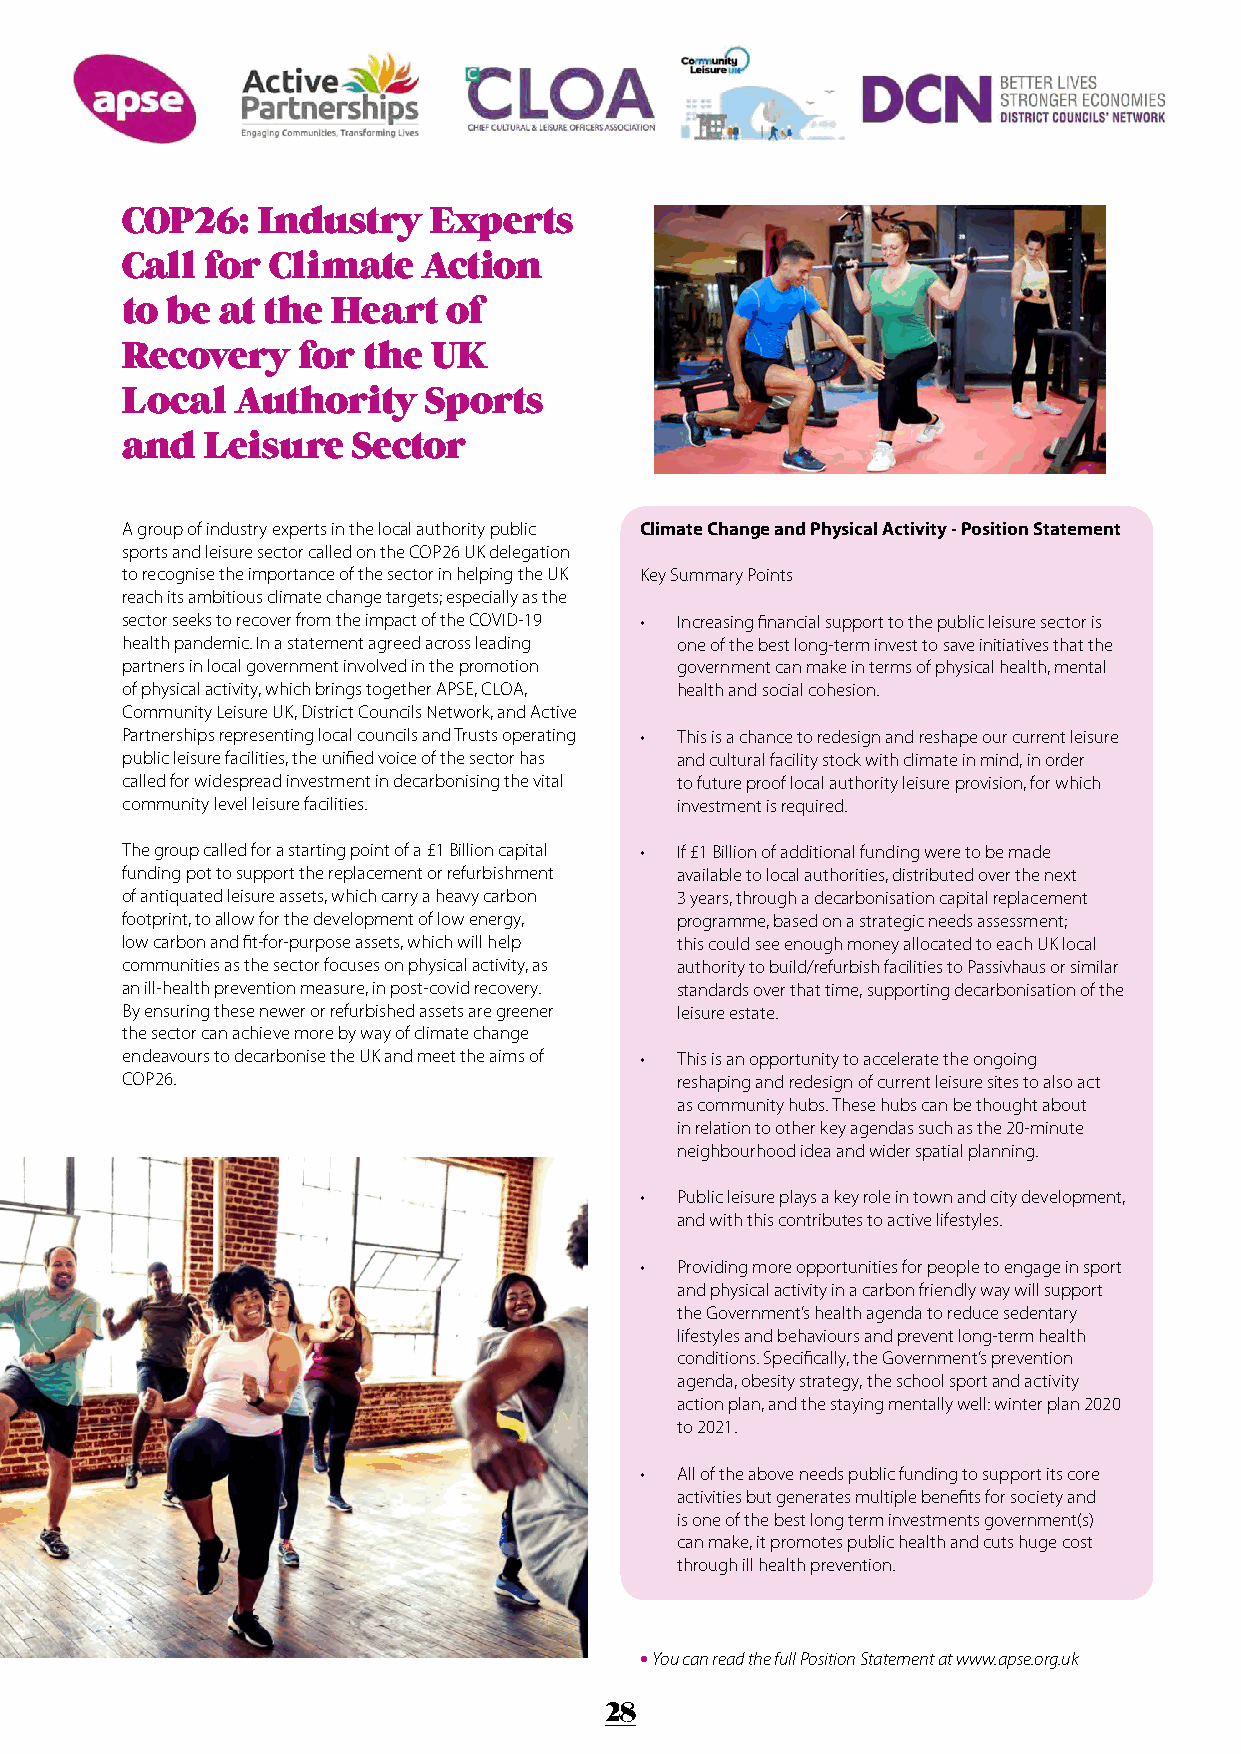
COP26:   Industry   Experts
 Call  for Climate   Action
 to be at the  Heart   of
 Recovery    for the  UK
 Local   Authority   Sports
 and   Leisure  Sector
 A group of industry experts in the local authority public Climate Change and Physical Activity - Position Statement
 sports and leisure sector called on the COP26 UK delegation
 to recognise the importance of the sector in helping the UK Key Summary Points
 reach its ambitious climate change targets; especially as the
 sector seeks to recover from the impact of the COVID-19 • Increasing financial support to the public leisure sector is
 health pandemic. In a statement agreed across leading one of the best long-term invest to save initiatives that the
 partners in local government involved in the promotion government can make in terms of physical health, mental
 of physical activity, which brings together APSE, CLOA, health and social cohesion.
 Community Leisure UK, District Councils Network, and Active
 Partnerships representing local councils and Trusts operating • This is a chance to redesign and reshape our current leisure
 public leisure facilities, the unified voice of the sector has and cultural facility stock with climate in mind, in order
 called for widespread investment in decarbonising the vital to future proof local authority leisure provision, for which
 community level leisure facilities.  investment is required.
 The group called for a starting point of a £1 Billion capital • If £1 Billion of additional funding were to be made
 funding pot to support the replacement or refurbishment available to local authorities, distributed over the next
 of antiquated leisure assets, which carry a heavy carbon 3 years, through a decarbonisation capital replacement
 footprint, to allow for the development of low energy, programme, based on a strategic needs assessment;
 low carbon and fit-for-purpose assets, which will help this could see enough money allocated to each UK local
 communities as the sector focuses on physical activity, as authority to build/refurbish facilities to Passivhaus or similar
 an ill-health prevention measure, in post-covid recovery. standards over that time, supporting decarbonisation of the
 By ensuring these newer or refurbished assets are greener leisure estate.
 the sector can achieve more by way of climate change
 endeavours to decarbonise the UK and meet the aims of • This is an opportunity to accelerate the ongoing
 COP26.                               reshaping and redesign of current leisure sites to also act
 as community hubs. These hubs can be thought about
 in relation to other key agendas such as the 20-minute
 neighbourhood idea and wider spatial planning.
 •  Public leisure plays a key role in town and city development,
 and with this contributes to active lifestyles.
 •  Providing more opportunities for people to engage in sport
 and physical activity in a carbon friendly way will support
 the Government’s health agenda to reduce sedentary
 lifestyles and behaviours and prevent long-term health
 conditions. Specifically, the Government’s prevention
 agenda, obesity strategy, the school sport and activity
 action plan, and the staying mentally well: winter plan 2020
 to 2021.
 •  All of the above needs public funding to support its core
 activities but generates multiple benefits for society and
 is one of the best long term investments government(s)
 can make, it promotes public health and cuts huge cost
 through ill health prevention.
 • You can read the full Position Statement at www.apse.org.uk
 28